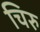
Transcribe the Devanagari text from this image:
चिरु